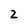
Character: 2